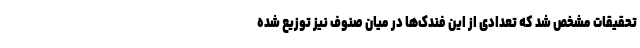
تحقیقات مشخص شد که تعدادی از این فندک‌ها در میان صنوف نیز توزیع شده